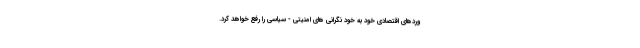
وردهای اقتصادی خود به خود نگرانی های امنیتی - سیاسی را رفع خواهد کرد.